Leaving Certificate Examination, 1912
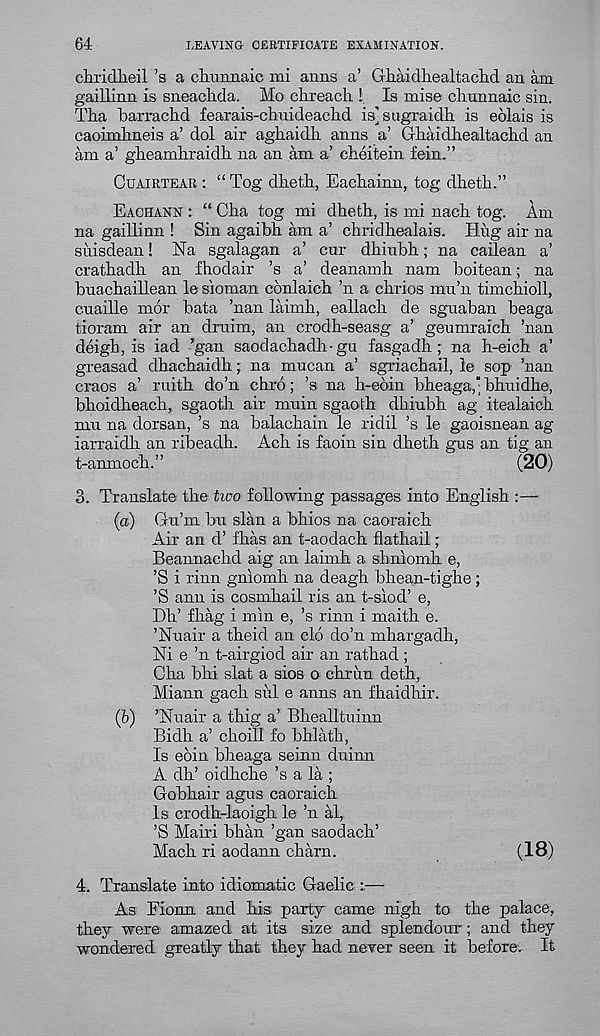
64
LEAVING CERTIFICATE EXAMINATION.
chridheil’s a chxinnaic mi aims a’ Ghaidliealtaclid an am
gaillinn is sneacMa. Mo clireacli I Is raise clrunnaic sin.
Tha barrachd fearais-chuideachd is’sugraidh is edlais is
caoimlmeis a’ dol air aghaidli anns a’ G-haidhealtaclid an
am a’ glieamhraidh na an am a’ cheitein fein.”
Ouairtear : “ Tog dlieth, Eachainn, tog dheth.”
Eachann : “ Cha tog mi dheth, is mi nach tog. Am
na gaillinn ! Sin agaibh am a’ chridhealais. Hiig air na
suisdean! Na sgalagan a’ cur dhiubh; na cailean a’
crathadh an fhodair ’s a’ deanamh nam boitean; na
buachaillean le sioman conlaich ’n a chrios mu’n timchioll,
cuaille mor bata ’nan laimh, eallach de sguaban beaga
tioram air an druim, an crodh-seasg a’ geumraich ’nan
deigh, is iad ’gan saodachadh-gu fasgadh ; na h-eich a’
greasad dhachaidh; na mu can a’ sgriachail, le sop ’nan
craos a’ ruith do’n chro; ’s na h-eoin bheaga," bhuidhe,
bhoidheach, sgaoth air muin sgaoth dhiubh ag itealaich
mu na dorsan, ’s na balachain le ridil ’s le gaoisnean ag
iarraidh an ribeadh. Ach is faoin sin dheth gus an tig an
t-anmoch.”
(20)
3. Translate the tioo following passages into English :—
(a) Gu’m bn slan a bhios na caoraich
Air an d’ fhas an t-aodach flathail;
Beannachd aig an laimh a shniomh e,
’S i rinn gniomh na deagh bhean-tighe;
’S ann is cosmhail ris an t-siod’ e,
Dh’ fhag i min e, ’s rinn i maith e.
’Nuair a theid an clo do’n mhargadh,
Ni e ’n t-airgiod air an rathad ;
Cha bhi slat a sios o chrira deth,
Miann gach sul e anns an fhaidhir.
(b) ’Nuair a thig a’ Bhealltuinn
Bidh a’ choill fo bhlath,
Is eoin bheaga seinn duinn
A dh’ oidhche’s a la ;
Gobhair agus caoraich
Is crodh-laoigh le ’n al,
’S Mairi bhan ’gan saodach’
Mach ri aodann charn.
(18)
4. Translate into idiomatic Gaelic —
As Fiona and his party came nigh to the palace,
they were amazed at its size and splendour ; and they
wondered greatly that they had never seen it before. It